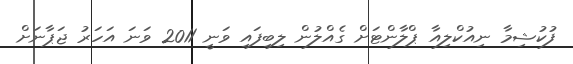
ފުކުޝިމާ ނިއުކްލިއާ ޕްލާންޓަށް ގެއްލުން ލިބިފައި ވަނީ 2011 ވަނަ އަހަރު ޖަޕާނަށް